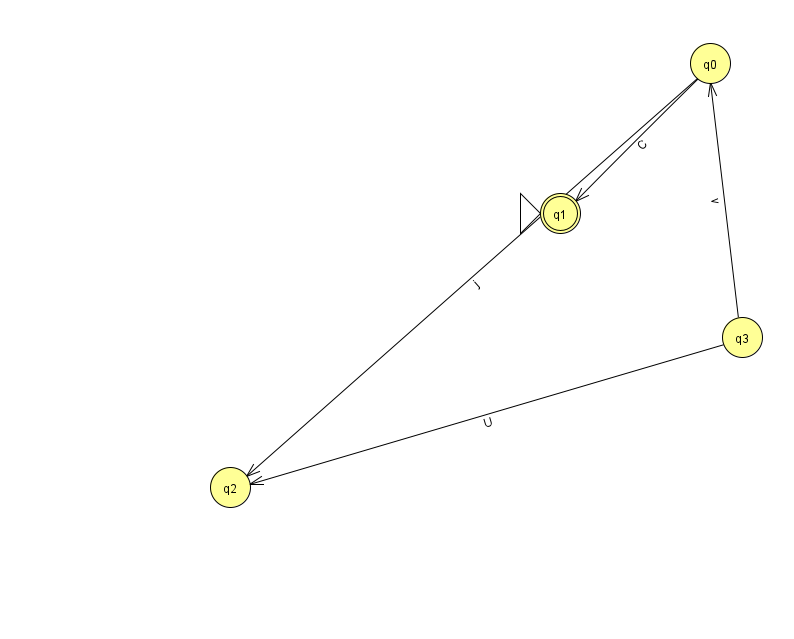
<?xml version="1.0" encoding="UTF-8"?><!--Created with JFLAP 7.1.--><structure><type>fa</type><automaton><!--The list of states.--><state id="0" name="q0"><x>710.0</x><y>50.0</y></state><state id="1" name="q1"><x>560.0</x><y>200.0</y><initial/><final/></state><state id="2" name="q2"><x>230.0</x><y>474.0</y></state><state id="3" name="q3"><x>742.0</x><y>324.0</y></state><!--The list of transitions.--><transition><from>3</from><to>0</to><read>v</read></transition><transition><from>0</from><to>1</to><read>C</read></transition><transition><from>0</from><to>2</to><read>j</read></transition><transition><from>3</from><to>2</to><read>U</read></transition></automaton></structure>